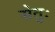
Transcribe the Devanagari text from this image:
सेतुः